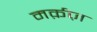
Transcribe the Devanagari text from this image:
मर्क़ज़